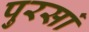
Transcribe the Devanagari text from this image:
पुरसां